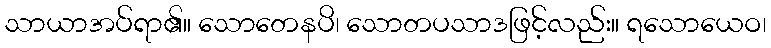
သာယာအပ်ရာ၏။ သောတေနပိ၊ သောတပသာဒဖြင့်လည်း။ ရသောယေဝ၊